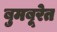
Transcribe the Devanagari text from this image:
बुमबूरेत